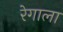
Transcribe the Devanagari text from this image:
रेगाला